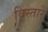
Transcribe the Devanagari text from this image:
विस्तारे